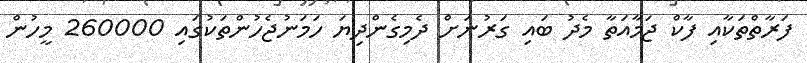
ފަރާތްތަކާއި ފާކް ޖަމާއަތާ މެދު ބައި ގަރުނަށް ދެމިގެންދިޔަ ހަމަނުޖެހުންތަކުގައި 260000 މީހުން